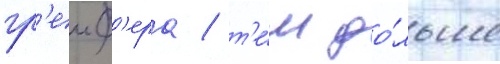
гр'еиф'ера / т'е́м до́льше